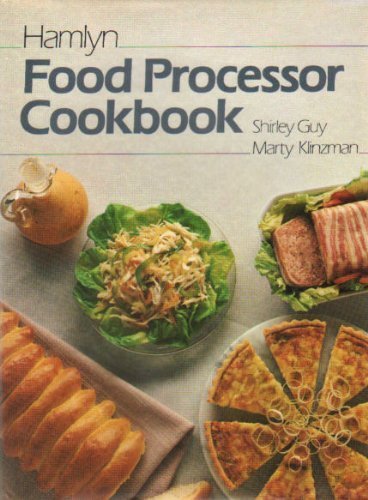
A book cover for Ham Food Processor Cookbook; Shirley Guy; Cookbooks, Food & Wine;